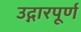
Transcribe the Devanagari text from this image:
उद्गारपूर्ण